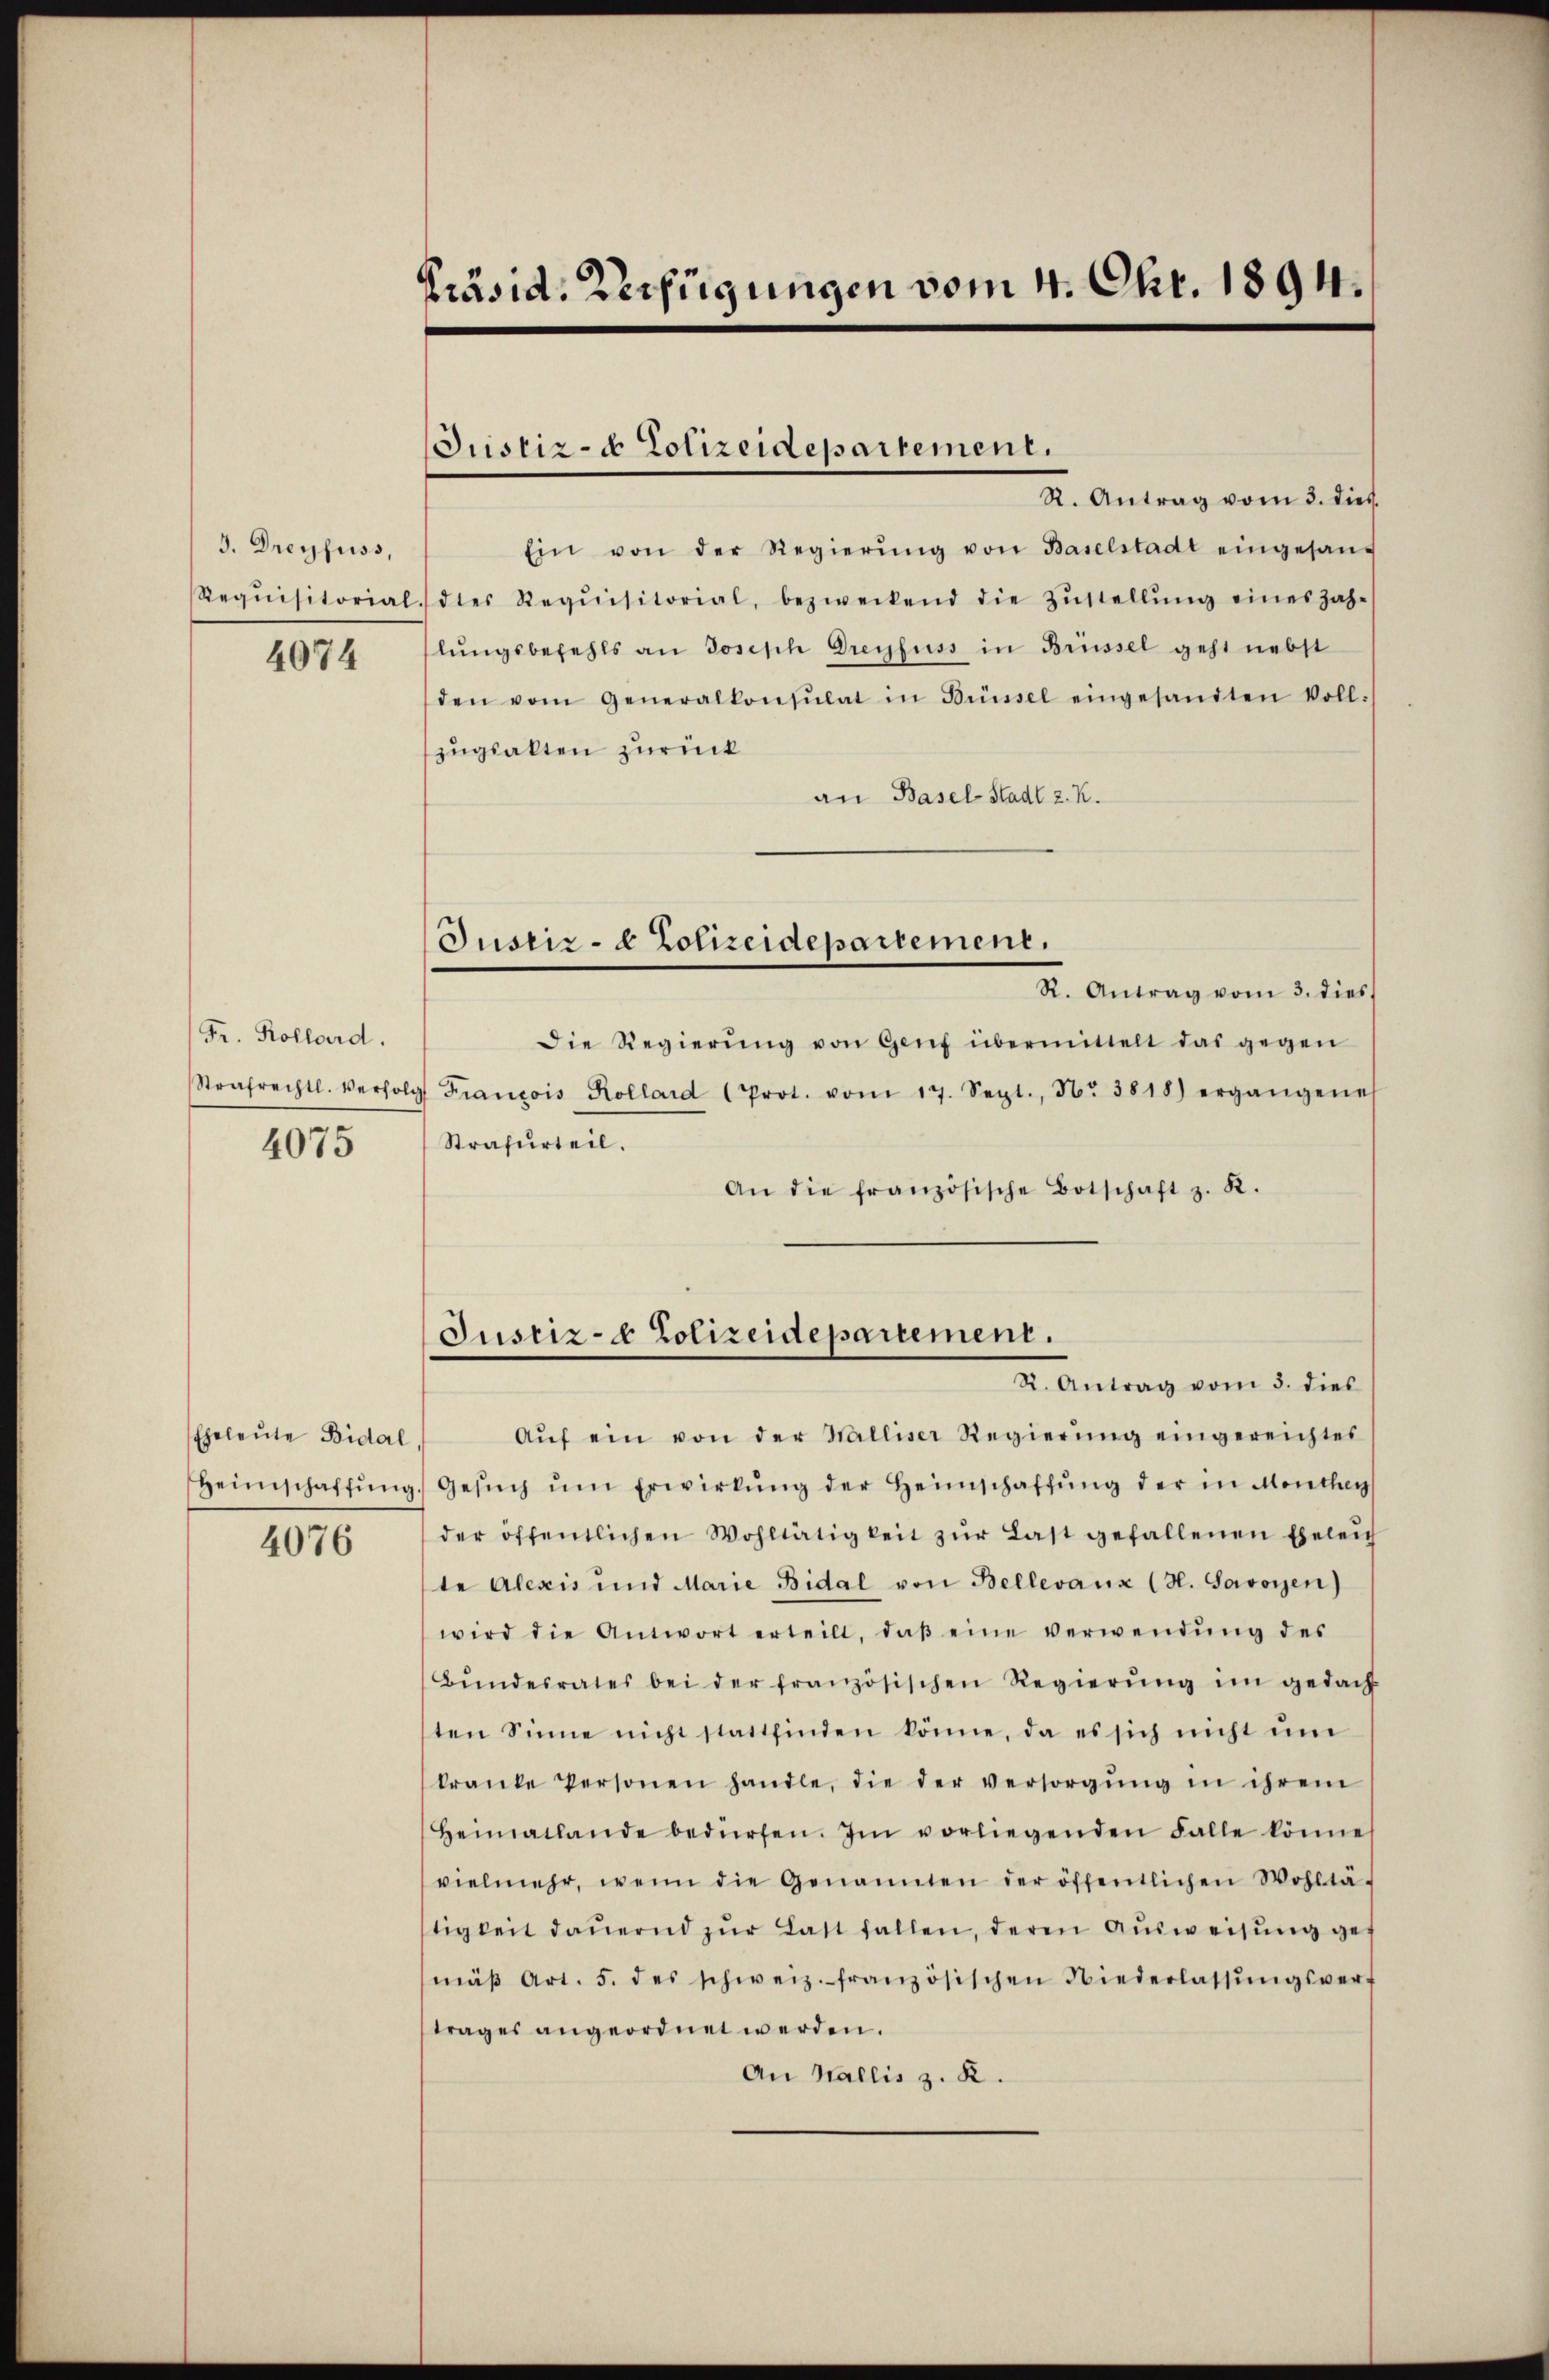
3. Dreyfuss,
Requisitorial.
4074

Fr. Kollard.
Strafrechtl. Verfolg

4075

Eheleute Bidal
Heimschaffung
4076

Präsid. Verfügungen vom 4. Okt. 1894.

Justiz- & Polizeidepartement.

R. Antrag vom 3. dies
Ein von der Regierŭng von Baselstadt eingesan-
dtes Requisitorial, bezweckend die Zŭstellŭng eines jah-
lŭngsbefehls an Joseph Greifuss in Brüssel geht nebst
den vom Generalkonsulat in Brüssel eingesandten Voll-
zugsalten zurück
an Basel-Stadt z. K.
R. Antrag vom 3. dies
Die Regierŭng von Genf übermittelt das gegen
François Kollard (Prot. vom 17. Sept., Nr. 3818) ergangenes
Strafurteil.
An die französische Botschaft z. R.
Justiz- & Polizeidepartement.
X. Antrag vom 3. dies
Aŭf ein von der Walliser Regierŭng eingereichtes
Gesŭch ŭm Erwirkŭng der Heimschaffŭng der in Monthey
der öffentlichen Wohltätigkeit zŭr Last gefallenen Eheleich
te Alexis und Marie Bidal von Bellevaux (H. Savoyen)
wird die Antwort erteilt, daβ eine verwendŭng des
Bŭndesrates bei der französischen Regierŭng im gedach
ten Sinne nicht stattfinden könne, da es sich nicht ŭm
kranke Personen handle, die der versorgŭng in ihrem
Heimatlande bedürfen. Im vorliegenden Falle könne
vielmehr, wenn die Genannten der öffentlichen Wohltä-
tigkeit daŭernd zŭr Last fallen, deren Aŭsweisŭng ges
mäβ Art. 5. des schweiz. französischen Niederlassŭngsver-
trages angeordnet werden.
An Wallis z. K.

Justiz- & Polizeidepartement,